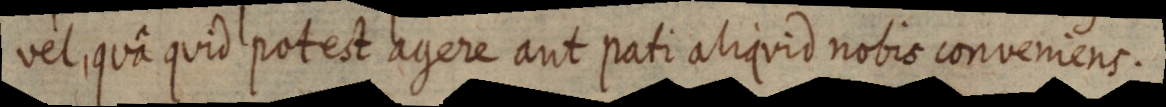
vel, quâ quid potest agere aut pati aliquid nobis conveniens.